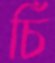
চিঁ